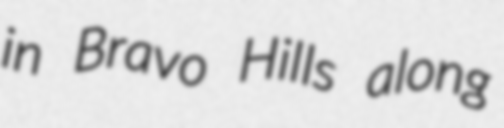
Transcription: in Bravo Hills along